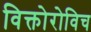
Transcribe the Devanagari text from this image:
विक्तोरोविच